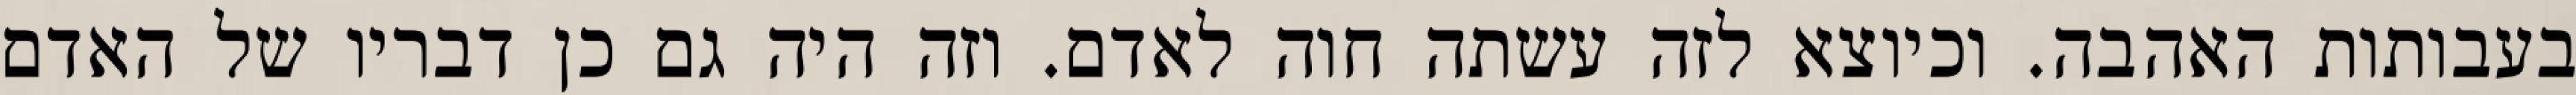
בעבותות האהבה. וכיוצא לזה עשתה חוה לאדם. וזה היה גם כן דבריו של האדם